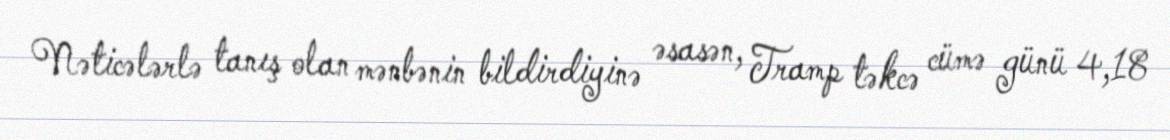
Nəticələrlə tanış olan mənbənin bildirdiyinə əsasən, Tramp təkcə cümə günü 4,18